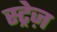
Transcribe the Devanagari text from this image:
स्ट्रेज़